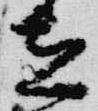
立